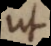
ut